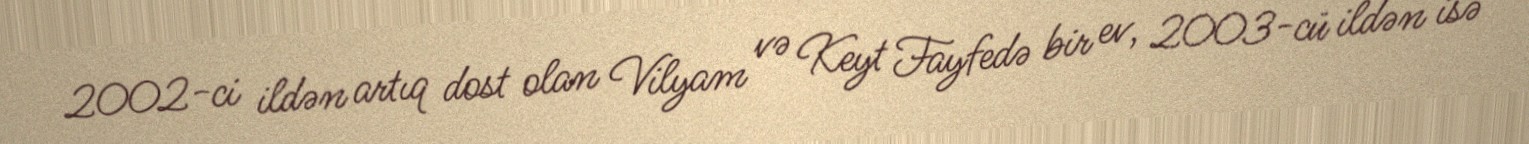
2002-ci ildən artıq dost olan Vilyam və Keyt Fayfedə bir ev, 2003-cü ildən isə